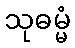
သုဓမ္မံ